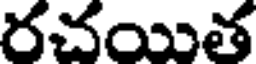
రచయిత